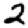
Digit: 2